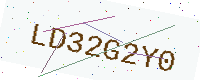
Text: LD32G2Y0